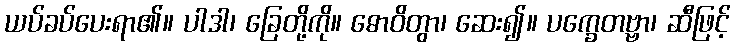
ယပ်ခပ်ပေးရာ၏။ ပါဒါ၊ ခြေတို့ကို။ ဓောဝိတွာ၊ ဆေး၍။ ပက္ခေတဗ္ဗာ၊ ဆီဖြင့်